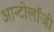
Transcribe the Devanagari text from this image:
आन्टोलॉजी